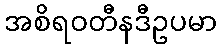
အစိရဝတီနဒီဥပမာ